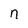
Character: n